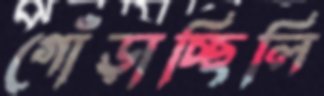
গোঁড়াচ্ছিলি